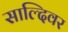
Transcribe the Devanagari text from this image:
साल्दिवर